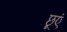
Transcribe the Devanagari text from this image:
छूएं